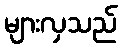
များလှသည်